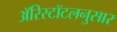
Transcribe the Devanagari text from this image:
ॲरिस्टॉटलनुसार